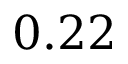
0 . 2 2